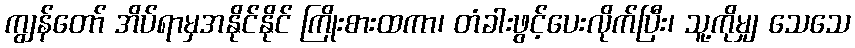
ကျွန်တော် အိပ်ရာမှအနိုင်နိုင် ကြိုးစားထကာ၊ တံခါးဖွင့်ပေးလိုက်ပြီး၊ သူ့ကိုမျှ သေသေ